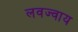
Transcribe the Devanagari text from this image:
लवज्वाय